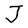
Character: J